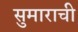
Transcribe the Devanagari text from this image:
सुमाराची